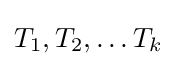
T_{1},T_{2},\ldots T_{k}